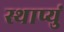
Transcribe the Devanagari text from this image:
स्थाप्युं